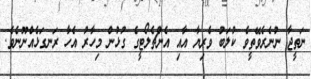
ނަތީޖާ ނުނެރެވޭތީވެ ކުލަބު ވެރިޔާ އާއި އެންޗެލޯޓީގެ ގުޅުން މިހާރު އެހާ ރަނގަޅެއްނޫނެވެ.